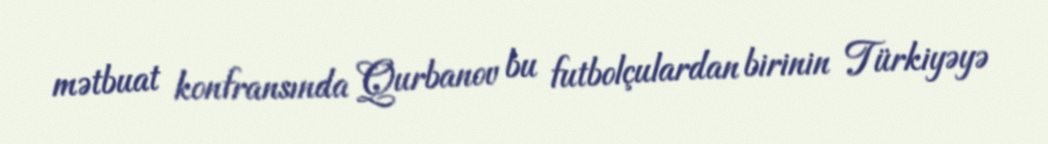
mətbuat konfransında Qurbanov bu futbolçulardan birinin Türkiyəyə